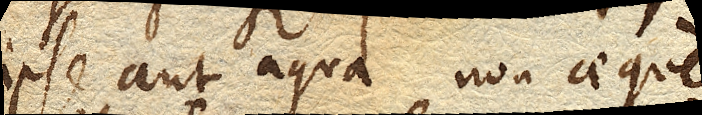
ipse aut aqua non aeque.